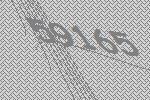
59165